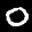
Label: 0